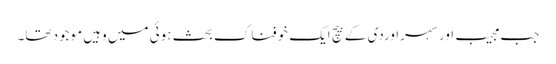
جب مجیب اور سہراوردی کے بیچ ایک خوفناک بحث ہوئی میں وہیں موجود تھا۔